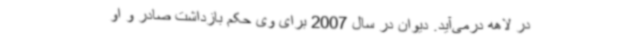
در لاهه درمی‌آید. دیوان در سال 2007 برای وی حکم بازداشت صادر و او